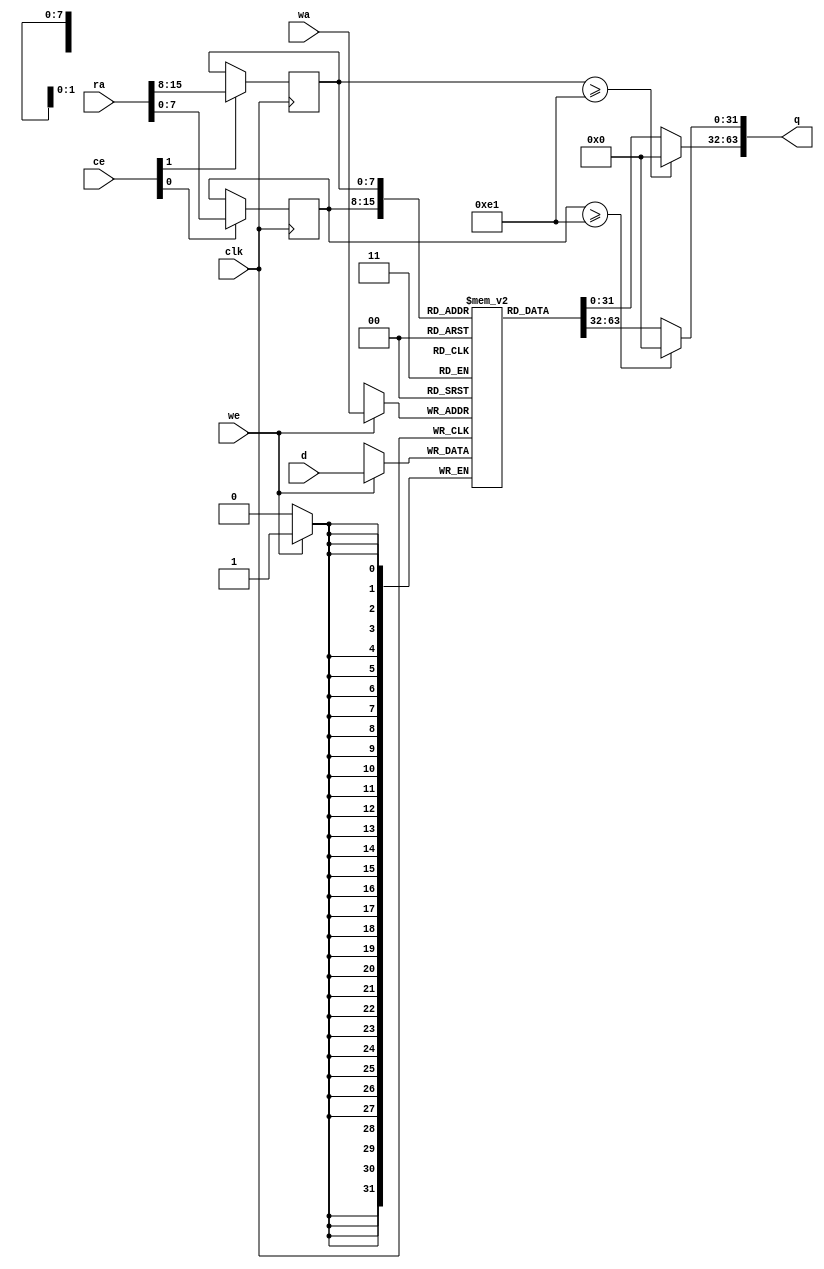
// ==============================================================
// File generated by AutoPilot - High-Level Synthesis System (C, C++, SystemC)
// Version: 2010.a.3
// Copyright (C) :2006-2010 AutoESL Design Technologies, Inc.
// 
// ==============================================================



`timescale 1 ns / 1 ps




`celldefine
module denoise_ug1_p3_core (q, ra, ce, clk, d, wa, we);
   parameter READ_PORT_COUNT=32'd2;
   parameter WRITE_PORT_COUNT=32'd1;
   parameter DATA_WIDTH=32'd32;
   parameter ADDRESS_WIDTH=32'd8;
   parameter WORD_COUNT=32'd225;

   output [READ_PORT_COUNT*DATA_WIDTH-1:0] q;
   input [READ_PORT_COUNT*ADDRESS_WIDTH-1:0]  ra;
   input [READ_PORT_COUNT-1:0]  ce;
   input [WRITE_PORT_COUNT*DATA_WIDTH-1:0] d;
   input [WRITE_PORT_COUNT*ADDRESS_WIDTH-1:0] wa;
   input [WRITE_PORT_COUNT-1:0]               we;
   input                                      clk;

   integer                                    i,j,k;

   reg [DATA_WIDTH-1:0]                       mem [0:WORD_COUNT-1];
   reg [ADDRESS_WIDTH-1:0]                    rat;
   reg [ADDRESS_WIDTH-1:0]                    rai [READ_PORT_COUNT-1:0];
   reg [ADDRESS_WIDTH-1:0]                    rai_reg [READ_PORT_COUNT-1:0];
   reg [READ_PORT_COUNT*DATA_WIDTH-1:0]       qi;
   reg [DATA_WIDTH-1:0]                       qt;
   reg [DATA_WIDTH-1:0]                       di [WRITE_PORT_COUNT-1:0];
   reg [DATA_WIDTH-1:0]                       dt;
   reg [ADDRESS_WIDTH-1:0]                    wat;
   reg [ADDRESS_WIDTH-1:0]                    wai [WRITE_PORT_COUNT-1:0];




   // Split input data
   always @ (d) begin
      for (i=0;i<WRITE_PORT_COUNT;i=i+1) begin
         for (j=0;j<DATA_WIDTH;j=j+1) begin
            dt[j]=d[i*DATA_WIDTH+j];
         end
         di[i]=dt;
      end
   end

   // Split write addresses
   always @ (wa) begin
      for (i=0;i<WRITE_PORT_COUNT;i=i+1) begin
         for (j=0;j<ADDRESS_WIDTH;j=j+1) begin
            wat[j]=wa[i*ADDRESS_WIDTH+j];
         end
         wai[i]=wat;
      end
   end

   // Write memory
   always @ (posedge clk) begin
     for (j=0;j<WRITE_PORT_COUNT;j=j+1) begin
        if (we[j]) begin
           mem[wai[j]] <= di[j];
        end
     end
   end

   // Split read addresses
   always @ (ra) begin
      for (i=0;i<READ_PORT_COUNT;i=i+1) begin
         for (j=0;j<ADDRESS_WIDTH;j=j+1) begin
            rat[j]=ra[i*ADDRESS_WIDTH+j];
         end
         rai[i]=rat;
      end
   end

   // guide read addresses using CE
   always @ (posedge clk) begin
      for (i=0;i<READ_PORT_COUNT;i=i+1) begin
         if ( ce[i] ) begin
            rai_reg[i] <= rai[i];
         end
      end
   end


   // Memory read
   always @ (rai_reg[0] or rai_reg[1] or clk) begin
      for (i=0;i<READ_PORT_COUNT;i=i+1) begin
         if (rai_reg[i] >= WORD_COUNT) begin
            qt={DATA_WIDTH {1'b0}};
         end else begin
            qt=mem[rai_reg[i]];
         end
         for (j=0;j<DATA_WIDTH;j=j+1) begin
            qi[i*DATA_WIDTH+j]=qt[j];
         end
      end
   end

   assign q=qi;

endmodule
`endcelldefine


module denoise_ug1_p3 (
    address0,
    ce0,
    q0,
    we0,
    d0,

    address1,
    ce1,
    q1,

    clk);


parameter DataWidth = 32'd32;
parameter AddressRange = 32'd225;
parameter AddressWidth = 32'd8;

input[AddressWidth-1:0] address0;
input ce0;
output[DataWidth-1:0] q0;
input we0;
input[DataWidth-1:0] d0;
input[AddressWidth-1:0] address1;
input ce1;
output[DataWidth-1:0] q1;
input clk;


reg[DataWidth-1:0] q0;
reg[DataWidth-1:0] q1;
wire[2 * DataWidth - 1:0] mem_q;
wire[DataWidth - 1:0] mem_q0;
wire[DataWidth - 1:0] mem_q1;
wire[1 - 1:0] mem_we;
wire[1 * DataWidth - 1:0] mem_d;
wire[1 * AddressWidth - 1:0] mem_wa;
wire[2 * AddressWidth - 1:0]  mem_ra;
wire[2 - 1:0]  mem_ce;


denoise_ug1_p3_core #(
    .READ_PORT_COUNT( 2 ),
    .WRITE_PORT_COUNT( 1 ),
    .DATA_WIDTH( DataWidth ),
    .ADDRESS_WIDTH( AddressWidth ),
    .WORD_COUNT( AddressRange ))
core_inst (
    .q( mem_q ),
    .ra( mem_ra ),
    .ce( mem_ce ),
    .d( mem_d ),
    .wa( mem_wa ),
    .we( mem_we ),
    .clk( clk ));


assign mem_q0 =  mem_q[2 * DataWidth - 1 : 1 * DataWidth];

always @ (mem_q0) begin
        q0 = mem_q0;
end

assign mem_q1 =  mem_q[1 * DataWidth - 1 : 0 * DataWidth];

always @ (mem_q1) begin
        q1 = mem_q1;
end

assign mem_ra = {address0, address1};
assign mem_ce = {ce0, ce1};

assign mem_we[0] = we0;

assign mem_d = {d0};

assign mem_wa = {address0};

endmodule